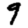
Digit: 9